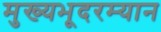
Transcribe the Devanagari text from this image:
मुख्यभूदरम्यान